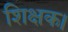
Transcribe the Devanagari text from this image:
शिक्षक।